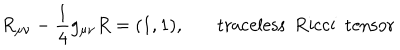
R _ { \mu \nu } - \frac { 1 } { 4 } g _ { \mu \nu } R = ( 1 , 1 ) , ~ \mathrm { t r a c e l e s s ~ ~ R i c c i ~ ~ t e n s o r }